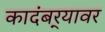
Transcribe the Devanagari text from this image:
कादंबर्‍यावर